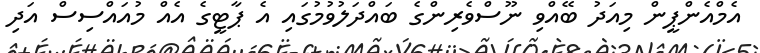
އެމްއެންޕީން މިއަދު ބޭއްވި ނޫސްވެރިންގެ ބައްދަލުވުމުގައި އެ ޕާޓީގެ އެއް މުއައްސިސް އަދި